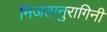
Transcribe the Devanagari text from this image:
निजतानुरागिनी